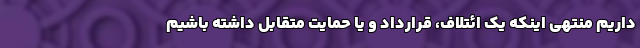
داریم منتهی اینکه یک ائتلاف، قرارداد و یا حمایت متقابل داشته باشیم